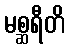
မစ္ဆရီတိ